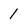
Character: 1